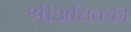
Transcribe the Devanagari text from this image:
श्रीअधिक्की